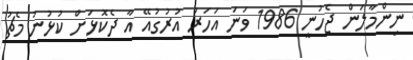
ނިންމާލަން ޖެހުނީ 1986 ވަނަ އަހަރު އުރުގުއޭ އާ ދެކޮޅަށް ކުޅުނު މެޗު